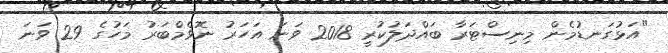
"އަޅުގަނޑުމެން މިނިސްޓަރާ ބައްދަލުކުރީ 2018 ވަނަ އަހަރު ނޮވެމްބަރު މަހުގެ 29 ވަނަ